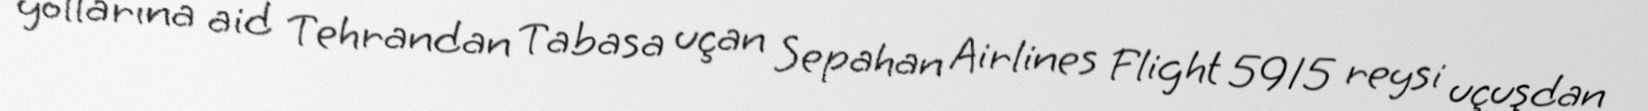
yollarına aid Tehrandan Tabasa uçan Sepahan Airlines Flight 5915 reysi uçuşdan